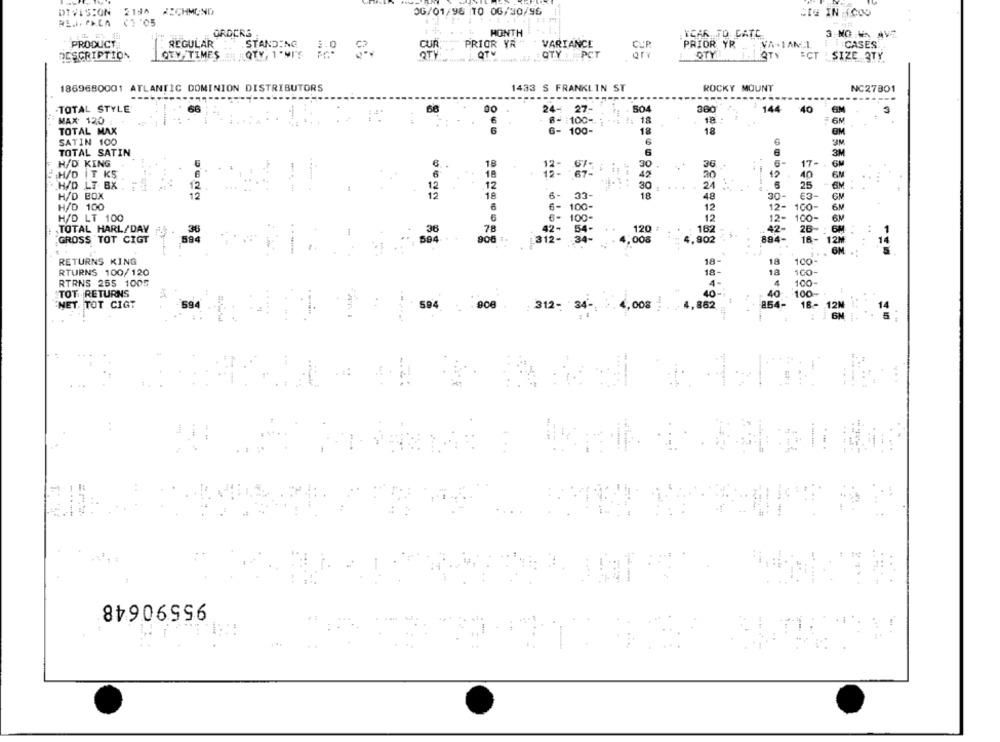
DIVISION 2140 XICHMOND
0G/01/96 10 0G/30/96
SIG IN (COO
ORDERS
HONTH
WEAR JO CATE
3 NO WA AV
PRODUCT,
REGULAR
STANDING.
CUR
PRIOR YR
VARIANCE
PRIOR, YR
. VA-1ANLI.
1 1 CASES
3.0
DESCRIPTION
QTY TIMES
QTY, 1 "MI'S
QTY
--
QTV
OTY : PCT
OTY
1 QTY
ECT : SIZE 3TY
1869680001 ATLANTIC DOMINION DISTRIBUTORS
1433 S FRANKLIN ST
ROCKY MOUNT
NC27801
-TOTAL STYLE
66
66
24- 27-
144 40 GM
3
:4.
18-
MAX 120
B - 100 -
:: 18
TOTAL MAX
6- 100-
18
SATIN 100
TOTAL SATIN
6
H/D KING
18
30.
17
H/D |T KS
6
12
40
H/D LT BX .
12
30
24
25
12
33-
H/D BOX
12
18
6
18
48
30-
E3
H/D 100
6-
100-
12
12-
12- 100-
6N
H/D LT 100
6-
100
12
12-
100
TOTAL HARL/DAY
36
78
42-
54 -
120
182
42-
36
900 1
26
GROSS TOT CIGT
894
304
1,008
902
884
RETURNS KING
18-
18
100
RTURNS 100/120
18-
RTRNS 255 1005
100
TOT RETURNS
100
NET, TOT CIGT
594
:
594
312- 34-
4,008
a64-
18-
12N
....
95590648